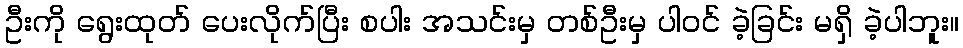
ဦးကို ရွေးထုတ် ပေးလိုက်ပြီး စပါး အသင်းမှ တစ်ဦးမှ ပါဝင် ခဲ့ခြင်း မရှိ ခဲ့ပါဘူး။